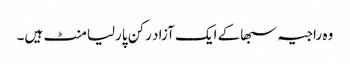
وہ راجیہ سبھاکے ایک آزاد رکن پارلیامنٹ ہیں۔